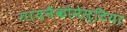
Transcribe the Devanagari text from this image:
गायनैकोमेस्टिया